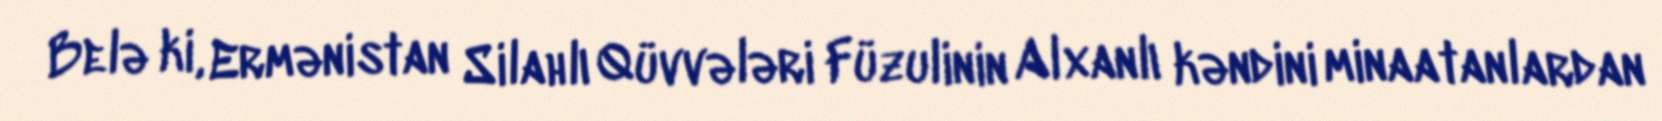
Belə ki, Ermənistan Silahlı Qüvvələri Füzulinin Alxanlı kəndini minaatanlardan